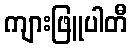
ကျားဖြူပါတီ